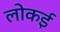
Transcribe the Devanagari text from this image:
लोकई